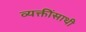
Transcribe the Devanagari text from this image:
व्यक्तींसाथी